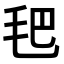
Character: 𣬶